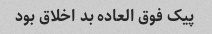
پیک فوق العاده بد اخلاق بود